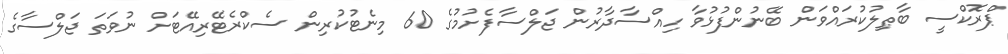
ޕްރޮކްސީ ބާޠިލުކުރައްވަން ބޭނުންފުޅުވާ ހިއްސާދާރުން ޖަލްސާފެށުމުގެ 60 މިނެޓުކުރިން ސެކްރެޓޭރިއޭޓަށް ނުވަތަ ޖަލްސާގެ